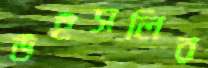
উইসলির